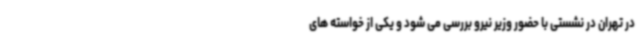
در تهران در نشستی با حضور وزیر نیرو بررسی می شود و یکی از خواسته های